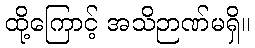
ထို့ကြောင့် အသိဉာဏ်မရှိ။